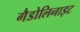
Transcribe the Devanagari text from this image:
गैडोलिनाइट